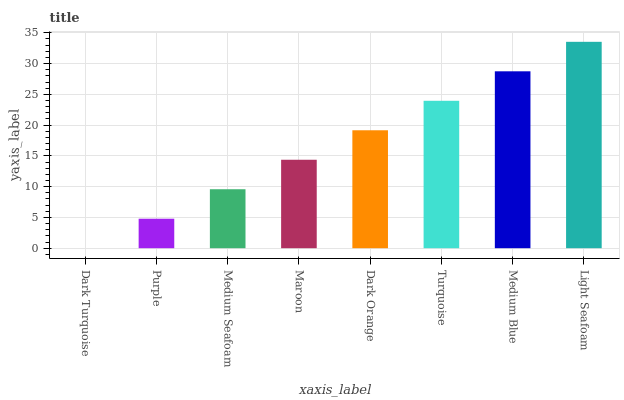
| xaxis_label | bars |
 | --- | --- |
 | Dark Turquoise | 0 |
 | Purple | 4.79 |
 | Medium Seafoam | 9.58 |
 | Maroon | 14.4 |
 | Dark Orange | 19.2 |
 | Turquoise | 24 |
 | Medium Blue | 28.7 |
 | Light Seafoam | 33.5 |